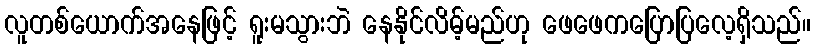
လူတစ်ယောက်အနေဖြင့် ရူးမသွားဘဲ နေနိုင်လိမ့်မည်ဟု ဖေဖေကပြောပြလေ့ရှိသည်။